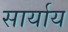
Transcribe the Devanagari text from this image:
सार्याय